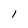
Character: 1